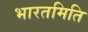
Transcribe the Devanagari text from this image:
भारतमिति